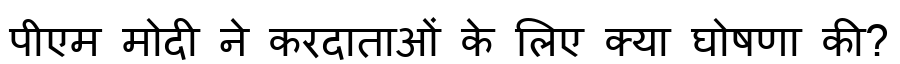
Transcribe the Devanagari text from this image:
पीएम मोदी ने करदाताओं के लिए क्या घोषणा की?